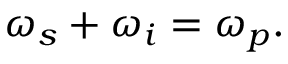
\begin{array} { r } { \omega _ { s } + \omega _ { i } = \omega _ { p } . } \end{array}